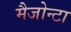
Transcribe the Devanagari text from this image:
मैजोन्टा